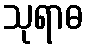
သုရာဓ